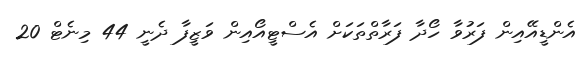
އެންޑީއޭއިން ފަރުވާ ހޯދާ ފަރާތްތަކަށް އެސްޓީއޯއިން ވަޒީފާ ދެނީ 44 މިނެޓް 20